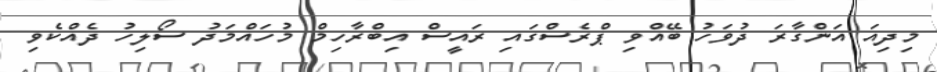
މިދިއަ އަންގާރަ ދުވަހު ބޭއްވި ޕްރެސްގައި ރައީސް އިބްރާހިމް މުހައްމަދު ސޯލިހު ދެއްކެވި